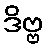
ဒိဗ္ဗ